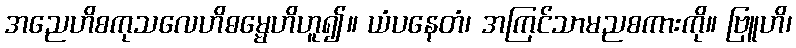
အညေဟိစကုသလေဟိဓမ္မေဟိဟူ၍။ ယံပနေတံ၊ အကြင်သာမညစကားကို။ ဗြူဟိ၊